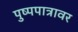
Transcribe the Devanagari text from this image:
पुष्पपात्रावर